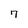
Character: 7